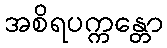
အစိရပက္ကန္တော